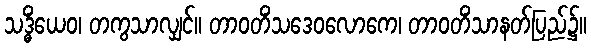
သဒ္ဓိံယေဝ၊ တကွသာလျှင်။ တာဝတိံသဒေဝလောကေ၊ တာဝတိံသာနတ်ပြည်၌။